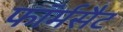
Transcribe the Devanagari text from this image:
फॉर्मसैट